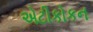
એટીકોકન